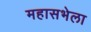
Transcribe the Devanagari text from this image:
महासभेला